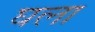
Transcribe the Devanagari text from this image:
घला